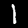
Label: 1